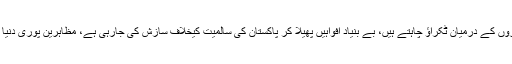
ان کا کہنا ہے کہ شرپسند عناصر اداروں کے درمیان ٹکراؤ چاہتے ہیں، بے بنیاد افواہیں پھیلا کر پاکستان کی سالمیت کیخلاف سازش کی جارہی ہے، مظاہرین پوری دنیا کیساتھ رابطہ منقطع کرنا چاہتے ہیں۔